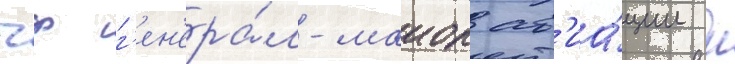
чф г'ен'ера́л-маиор ав'иа́ции н